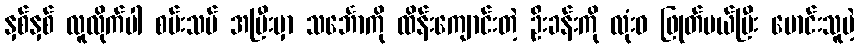
နှစ်နှစ် လူလိုက်ပါ စမ်းသပ် အပြီးမှာ သင်္ဘောကို ထိန်းကျောင်းတဲ့ ဦးခန်းကို လုံးဝ ဖြုတ်ပယ်ပြီး မောင်းသူမဲ့